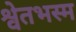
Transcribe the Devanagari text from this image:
श्वेतभस्म